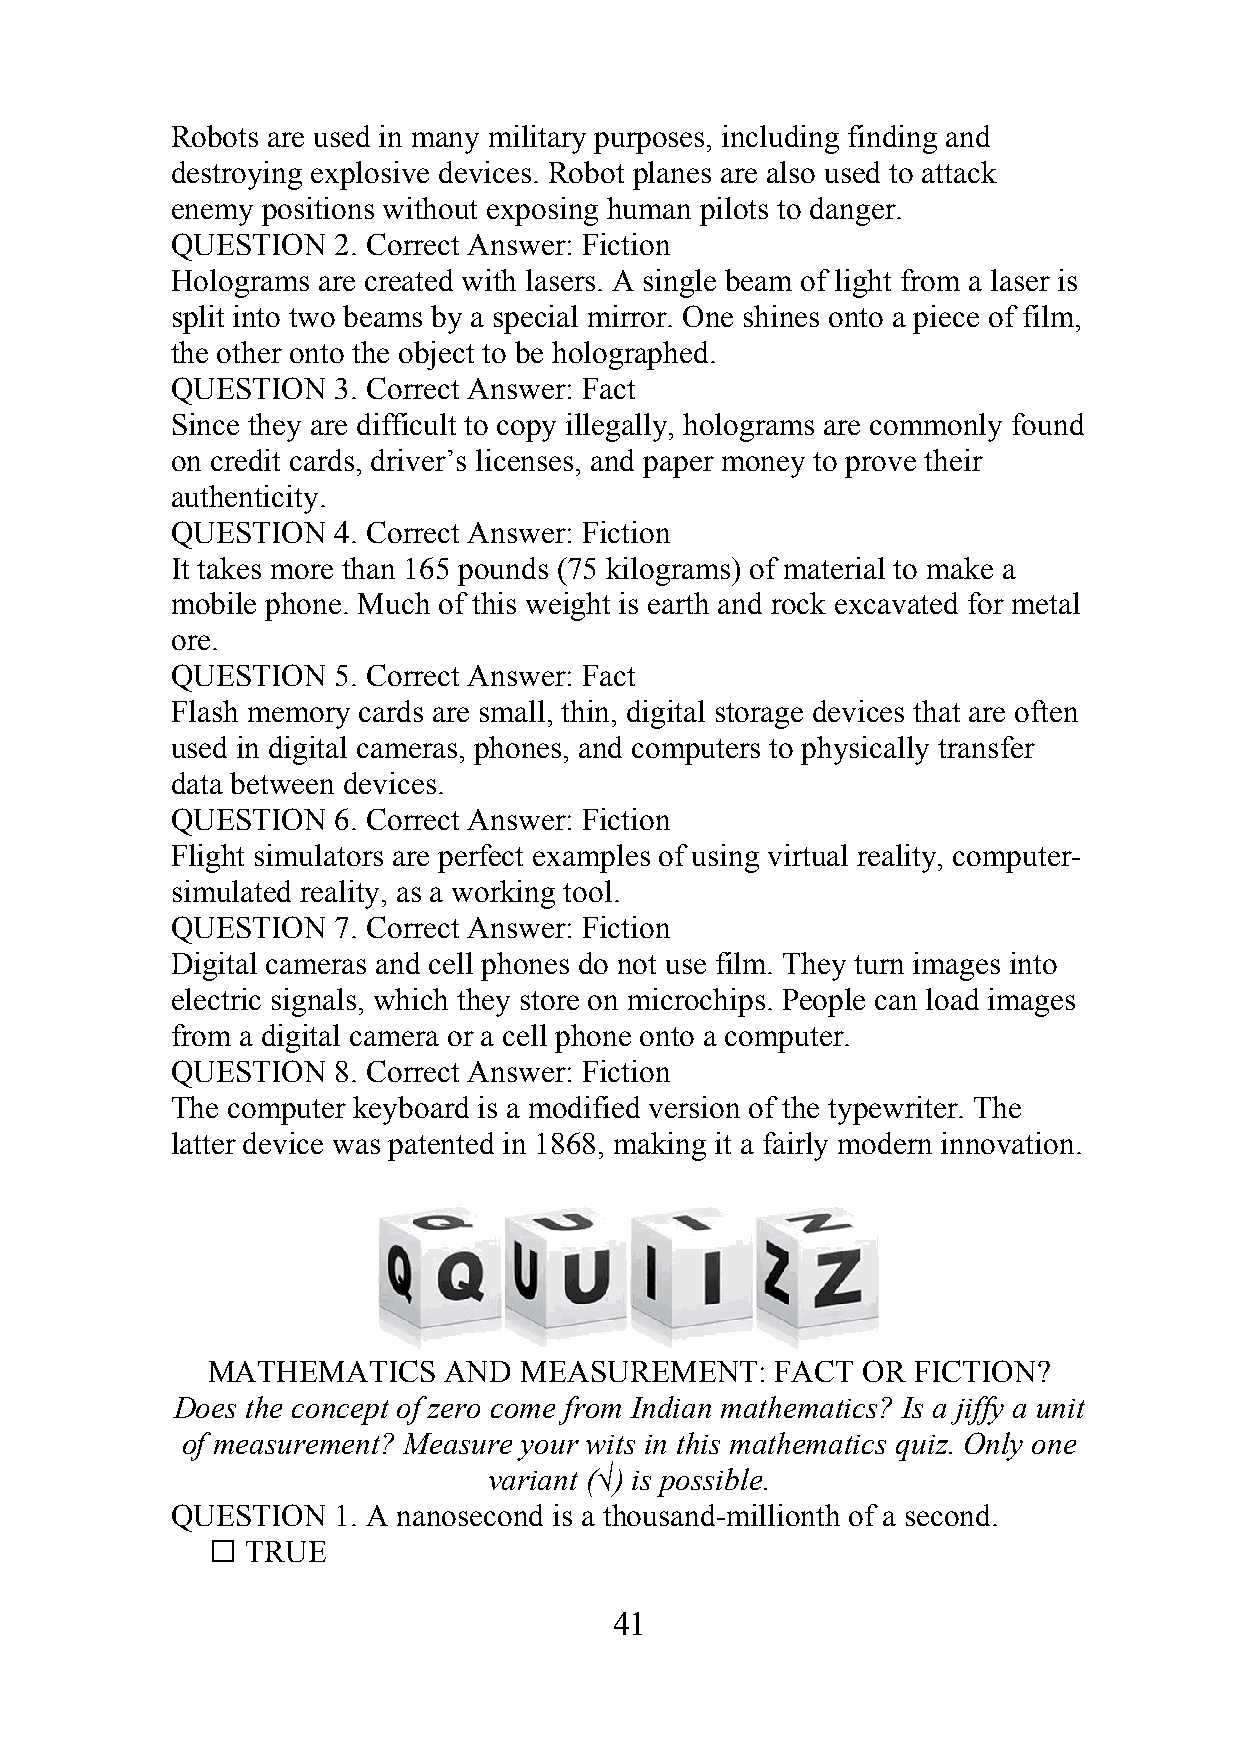
Robots are used in many military purposes, including finding and
 destroying explosive devices. Robot planes are also used to attack
 enemy positions without exposing human pilots to danger.
 QUESTION   2. Correct Answer: Fiction
 Holograms are created with lasers. A single beam of light from a laser is
 split into two beams by a special mirror. One shines onto a piece of film,
 the other onto the object to be holographed.
 QUESTION   3. Correct Answer: Fact
 Since they are difficult to copy illegally, holograms are commonly found
 on credit cards, driver’s licenses, and paper money to prove their
 authenticity.
 QUESTION   4. Correct Answer: Fiction
 It takes more than 165 pounds (75 kilograms) of material to make a
 mobile phone. Much of this weight is earth and rock excavated for metal
 ore.
 QUESTION   5. Correct Answer: Fact
 Flash memory cards are small, thin, digital storage devices that are often
 used in digital cameras, phones, and computers to physically transfer
 data between devices.
 QUESTION   6. Correct Answer: Fiction
 Flight simulators are perfect examples of using virtual reality, computer-
 simulated reality, as a working tool.
 QUESTION   7. Correct Answer: Fiction
 Digital cameras and cell phones do not use film. They turn images into
 electric signals, which they store on microchips. People can load images
 from a digital camera or a cell phone onto a computer.
 QUESTION   8. Correct Answer: Fiction
 The computer keyboard is a modified version of the typewriter. The
 latter device was patented in 1868, making it a fairly modern innovation.
 MATHEMATICS    AND  MEASUREMENT:     FACT  OR FICTION?
 Does the concept of zero come from Indian mathematics? Is a jiffy a unit
 of measurement? Measure your wits in this mathematics quiz. Only one
 variant (√) is possible.
 QUESTION   1. A nanosecond is a thousand-millionth of a second.
  TRUE
 41